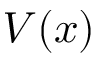
V ( x )